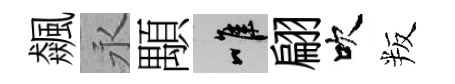
飆永顒唯翩吹叛